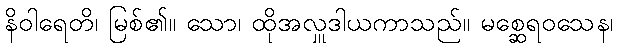
နိဝါရေတိ၊ မြစ်၏။ သော၊ ထိုအလှူဒါယကာသည်။ မစ္ဆေရဝသေန၊